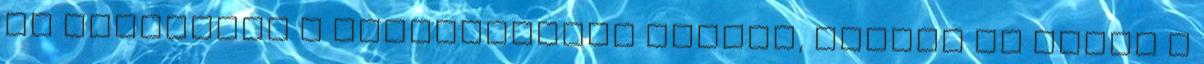
és átadhatom a felszabadító érzést, amikor az ember a